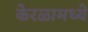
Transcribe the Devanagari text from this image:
केरळामध्ये